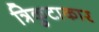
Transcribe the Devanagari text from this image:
त्रिकुटाकार